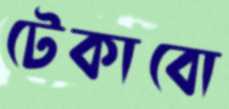
টেকাবো